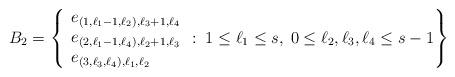
LaTeX: \begin{align*} B_2 = \left\{ \begin{array}{ll} e_{(1,\ell_1-1,\ell_2),\ell_3+1,\ell_4}\\ e_{(2,\ell_1-1,\ell_4),\ell_2+1,\ell_3}\\ e_{(3,\ell_3,\ell_4),\ell_1,\ell_2} \end{array} : \; 1 \leq \ell_1 \leq s,\; 0 \leq \ell_2,\ell_3,\ell_4 \leq s-1\right\} \end{align*}